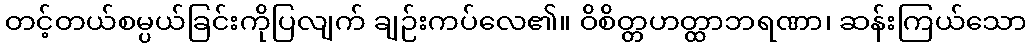
တင့်တယ်စမ္ပယ်ခြင်းကိုပြလျက် ချဉ်းကပ်လေ၏။ ဝိစိတ္တဟတ္ထာဘရဏာ၊ ဆန်းကြယ်သော